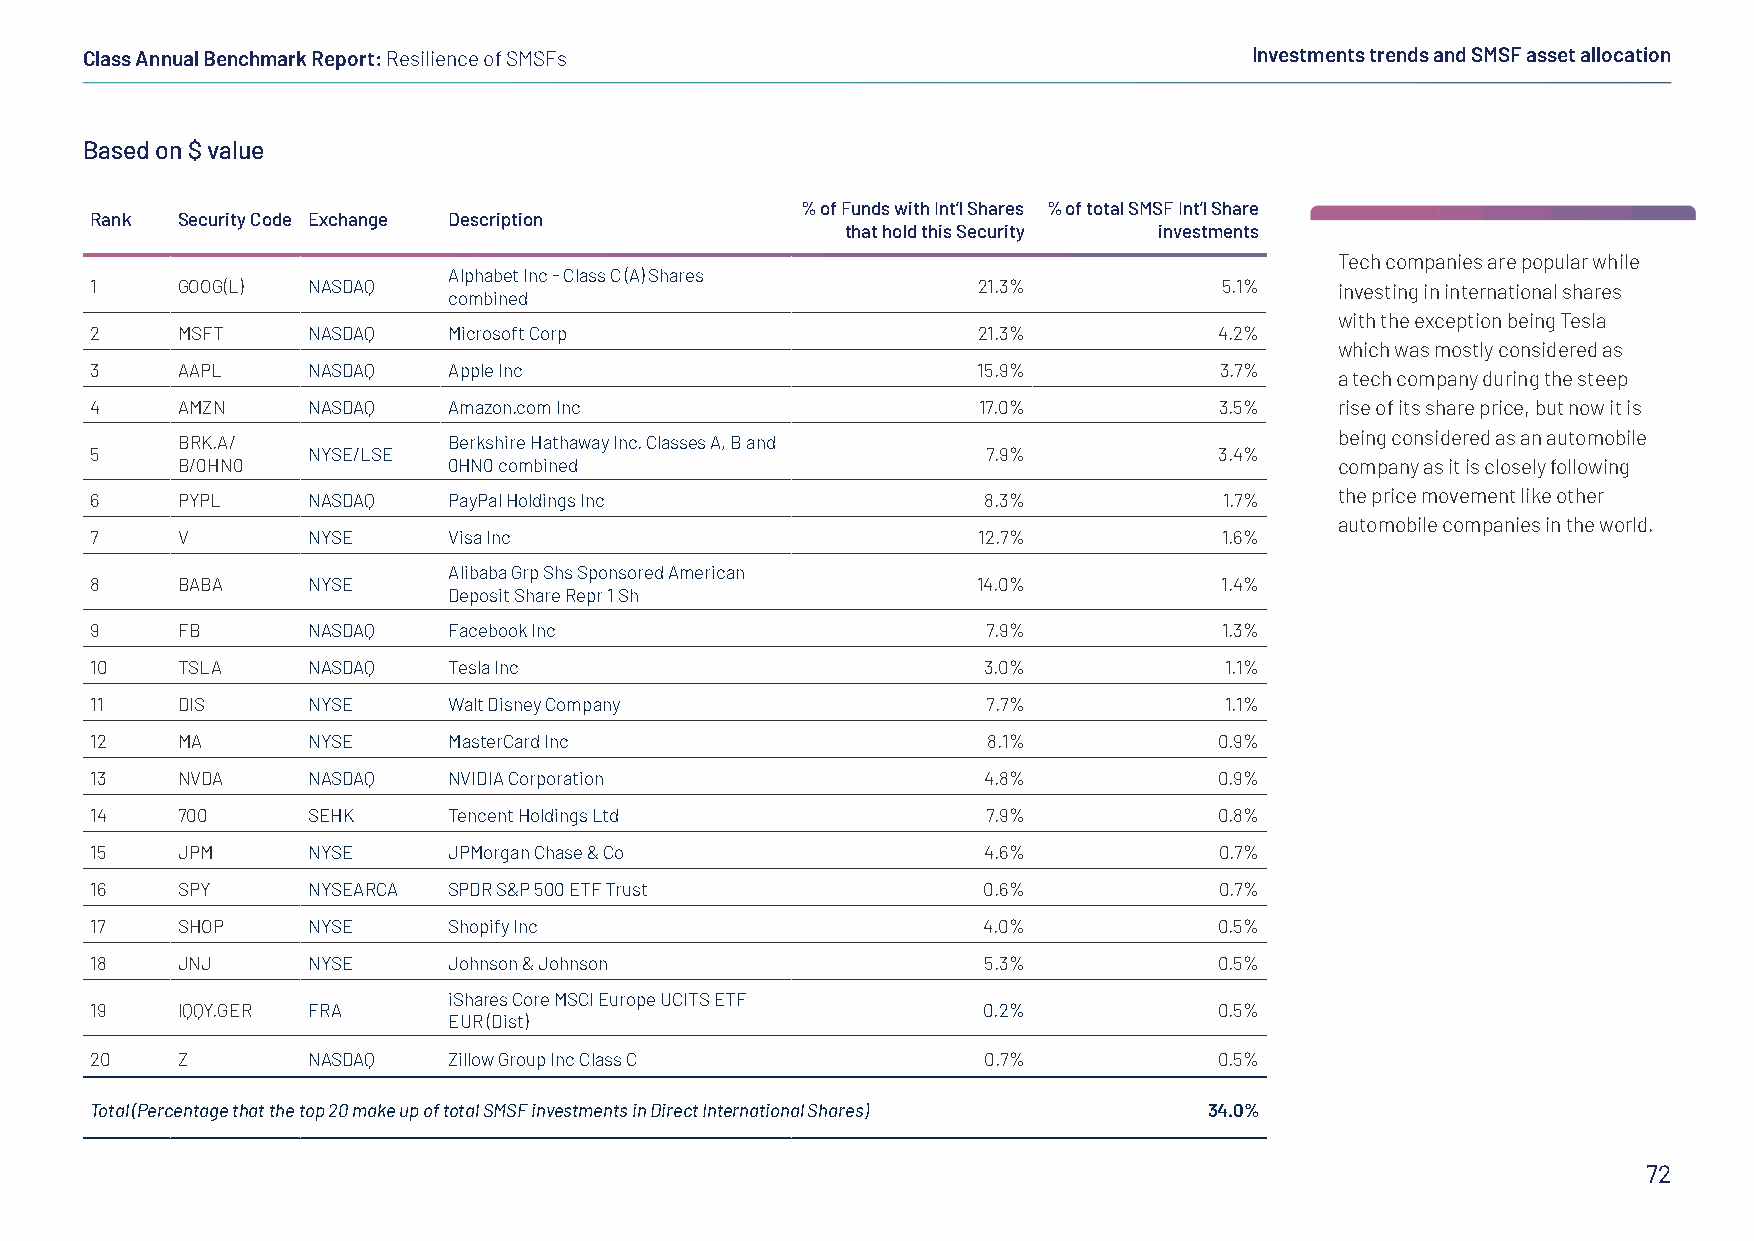
Class Annual Benchmark Report: Resilience of SMSFs                            Investments trends and SMSF asset allocation
 Based on $ value
 % of Funds with Int’l Shares % of total SMSF Int’l Share
 Rank  Security Code Exchange Description
 that hold this Security investments
 Tech companies are popular while
 Alphabet Inc - Class C (A) Shares
 1     GOOG(L) NASDAQ                                       21.3%           5.1%    investing in international shares
 combined
 with the exception being Tesla
 2     MSFT    NASDAQ    Microsoft Corp                     21.3%           4.2%
 which was mostly considered as
 3     AAPL    NASDAQ    Apple Inc                          15.9%           3.7%
 a tech company during the steep
 4     AMZN    NASDAQ    Amazon.com Inc                     17.0%           3.5%    rise of its share price, but now it is
 being considered as an automobile
 BRK.A/            Berkshire Hathaway Inc. Classes A, B and
 5             NYSE/LSE                                     7.9%            3.4%
 B/0HN0            0HN0 combined                                              company as it is closely following
 6     PYPL    NASDAQ    PayPal Holdings Inc                8.3%            1.7%    the price movement like other
 automobile companies in the world.
 7     V       NYSE      Visa Inc                           12.7%           1.6%
 Alibaba Grp Shs Sponsored American
 8     BABA    NYSE                                         14.0%           1.4%
 Deposit Share Repr 1 Sh
 9     FB      NASDAQ    Facebook Inc                       7.9%            1.3%
 10    TSLA    NASDAQ    Tesla Inc                          3.0%            1.1%
 11    DIS     NYSE      Walt Disney Company                7.7%            1.1%
 12    MA      NYSE      MasterCard Inc                     8.1%            0.9%
 13    NVDA    NASDAQ    NVIDIA Corporation                 4.8%            0.9%
 14    700     SEHK      Tencent Holdings Ltd               7.9%            0.8%
 15    JPM     NYSE      JPMorgan Chase & Co                4.6%            0.7%
 16    SPY     NYSEARCA  SPDR S&P 500 ETF Trust             0.6%            0.7%
 17    SHOP    NYSE      Shopify Inc                        4.0%            0.5%
 18    JNJ     NYSE      Johnson & Johnson                  5.3%            0.5%
 iShares Core MSCI Europe UCITS ETF
 19    IQQY.GER FRA                                         0.2%            0.5%
 EUR (Dist)
 20    Z       NASDAQ    Zillow Group Inc Class C           0.7%            0.5%
 Total (Percentage that the top 20 make up of total SMSF investments in Direct International Shares) 34.0%
 72